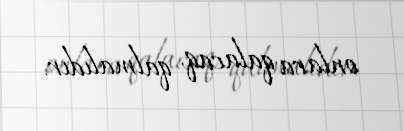
onlara qalacaq, qalmalıdır.